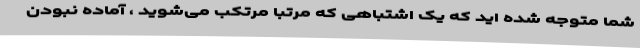
شما متوجه شده اید که یک اشتباهی که مرتبا مرتکب می‌شوید ، آماده نبودن